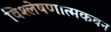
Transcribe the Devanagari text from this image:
विश्लेषणात्मकबन